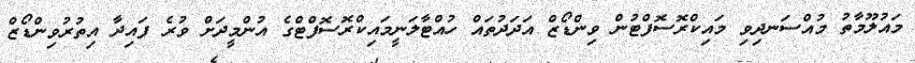
މައުލޫމާތު މުއްސަނދިވި މައިކްރޮސޮފްޓުން ވިންޑޯޒް އަދަދުތައް ހުއްޓާލަނީމައިކްރޮސޮފްޓްގެ އުންމީދަށް ވުރެ ފައިދާ އިތުރުވިންޑޯޒް